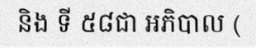
និង ទី ៥៨ជា អភិបាល (